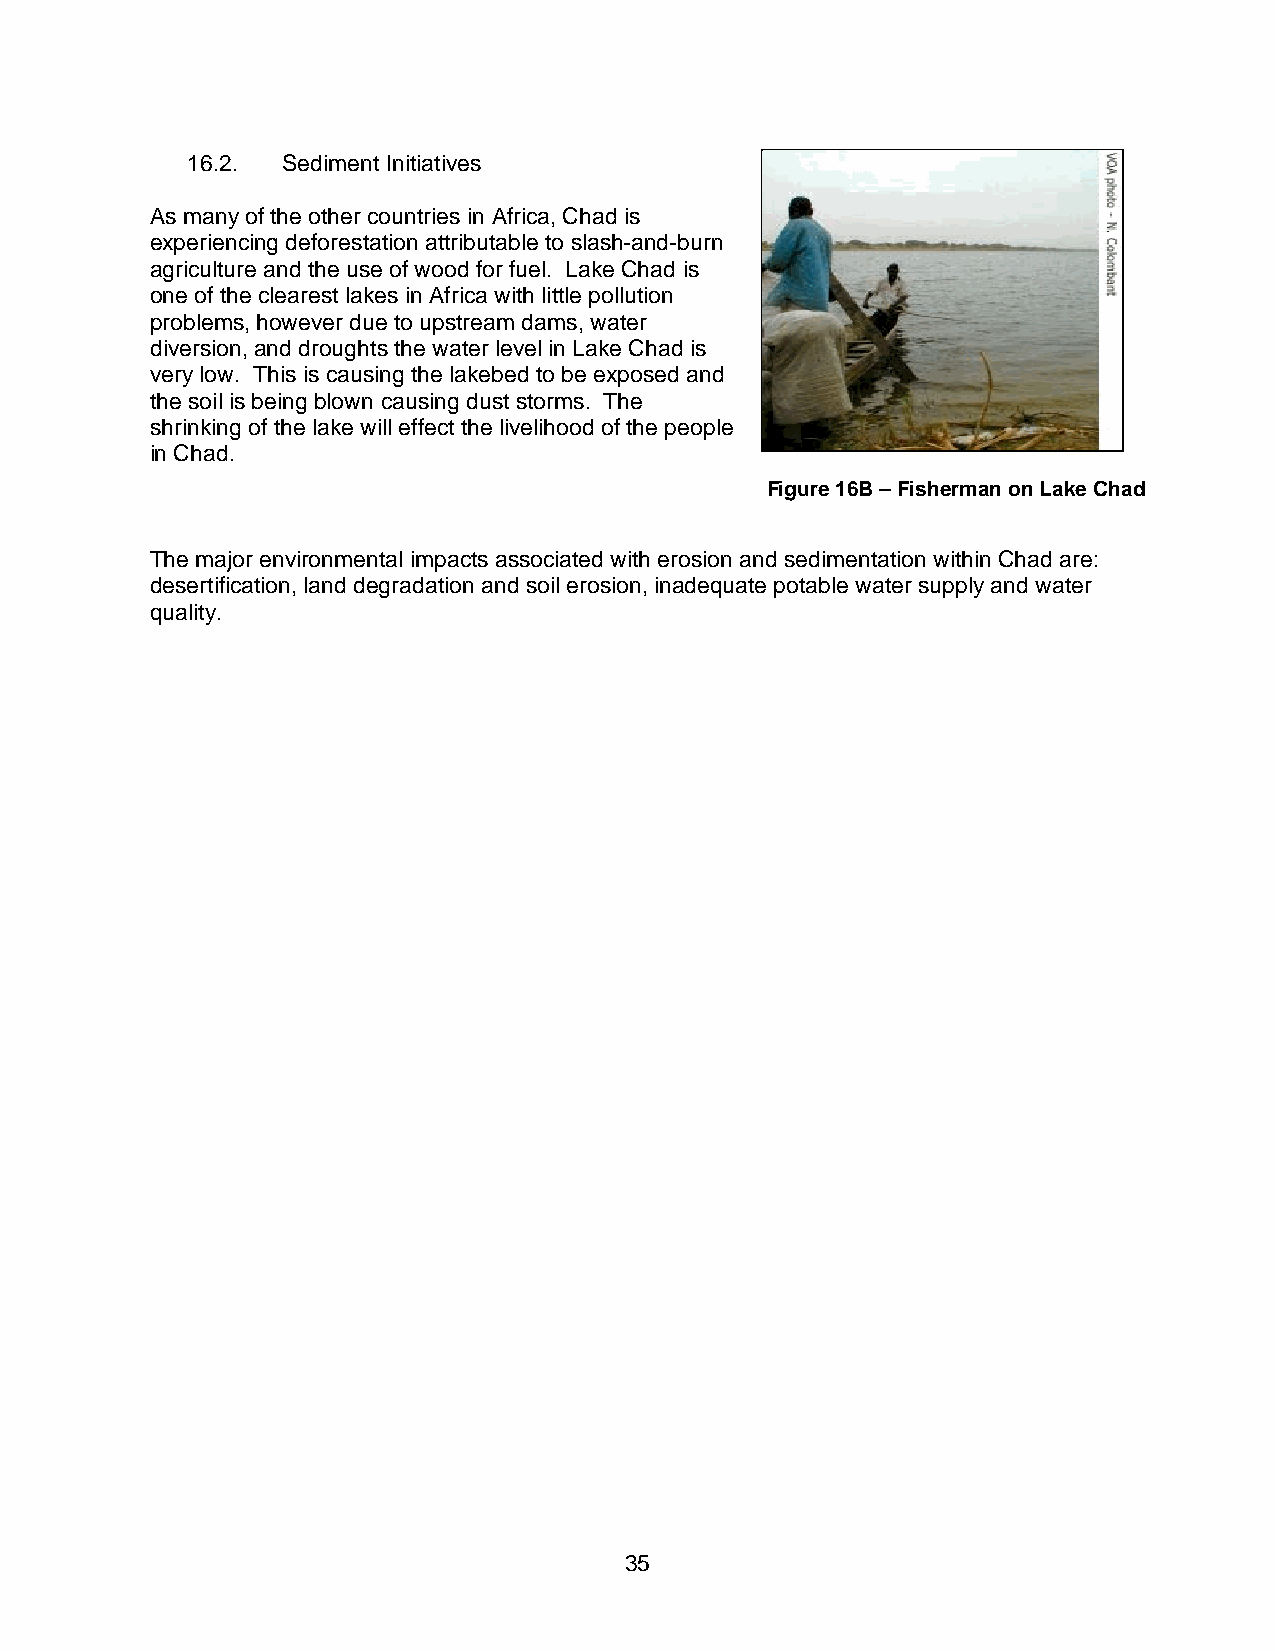
16.2.  Sediment Initiatives
 As many of the other countries in Africa, Chad is
 experiencing deforestation attributable to slash-and-burn
 agriculture and the use of wood for fuel. Lake Chad is
 one of the clearest lakes in Africa with little pollution
 problems, however due to upstream dams, water
 diversion, and droughts the water level in Lake Chad is
 very low. This is causing the lakebed to be exposed and
 the soil is being blown causing dust storms. The
 shrinking of the lake will effect the livelihood of the people
 in Chad.
 Figure 16B – Fisherman on Lake Chad
 The major environmental impacts associated with erosion and sedimentation within Chad are:
 desertification, land degradation and soil erosion, inadequate potable water supply and water
 quality.
 35